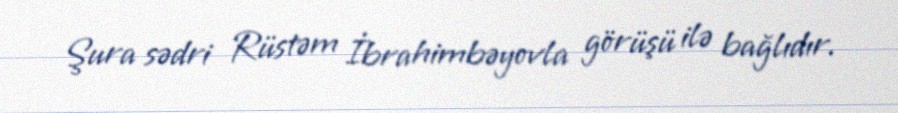
Şura sədri Rüstəm İbrahimbəyovla görüşü ilə bağlıdır.